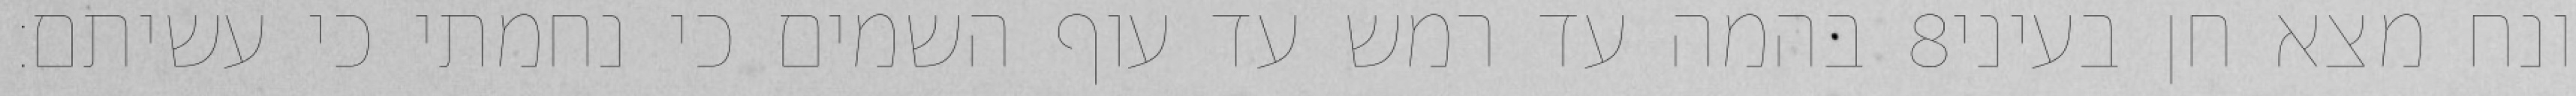
בהמה עד רמש עד עוף השמים כי נחמתי כי עשיתם׃ ‎8‏ ונח מצא חן בעיני